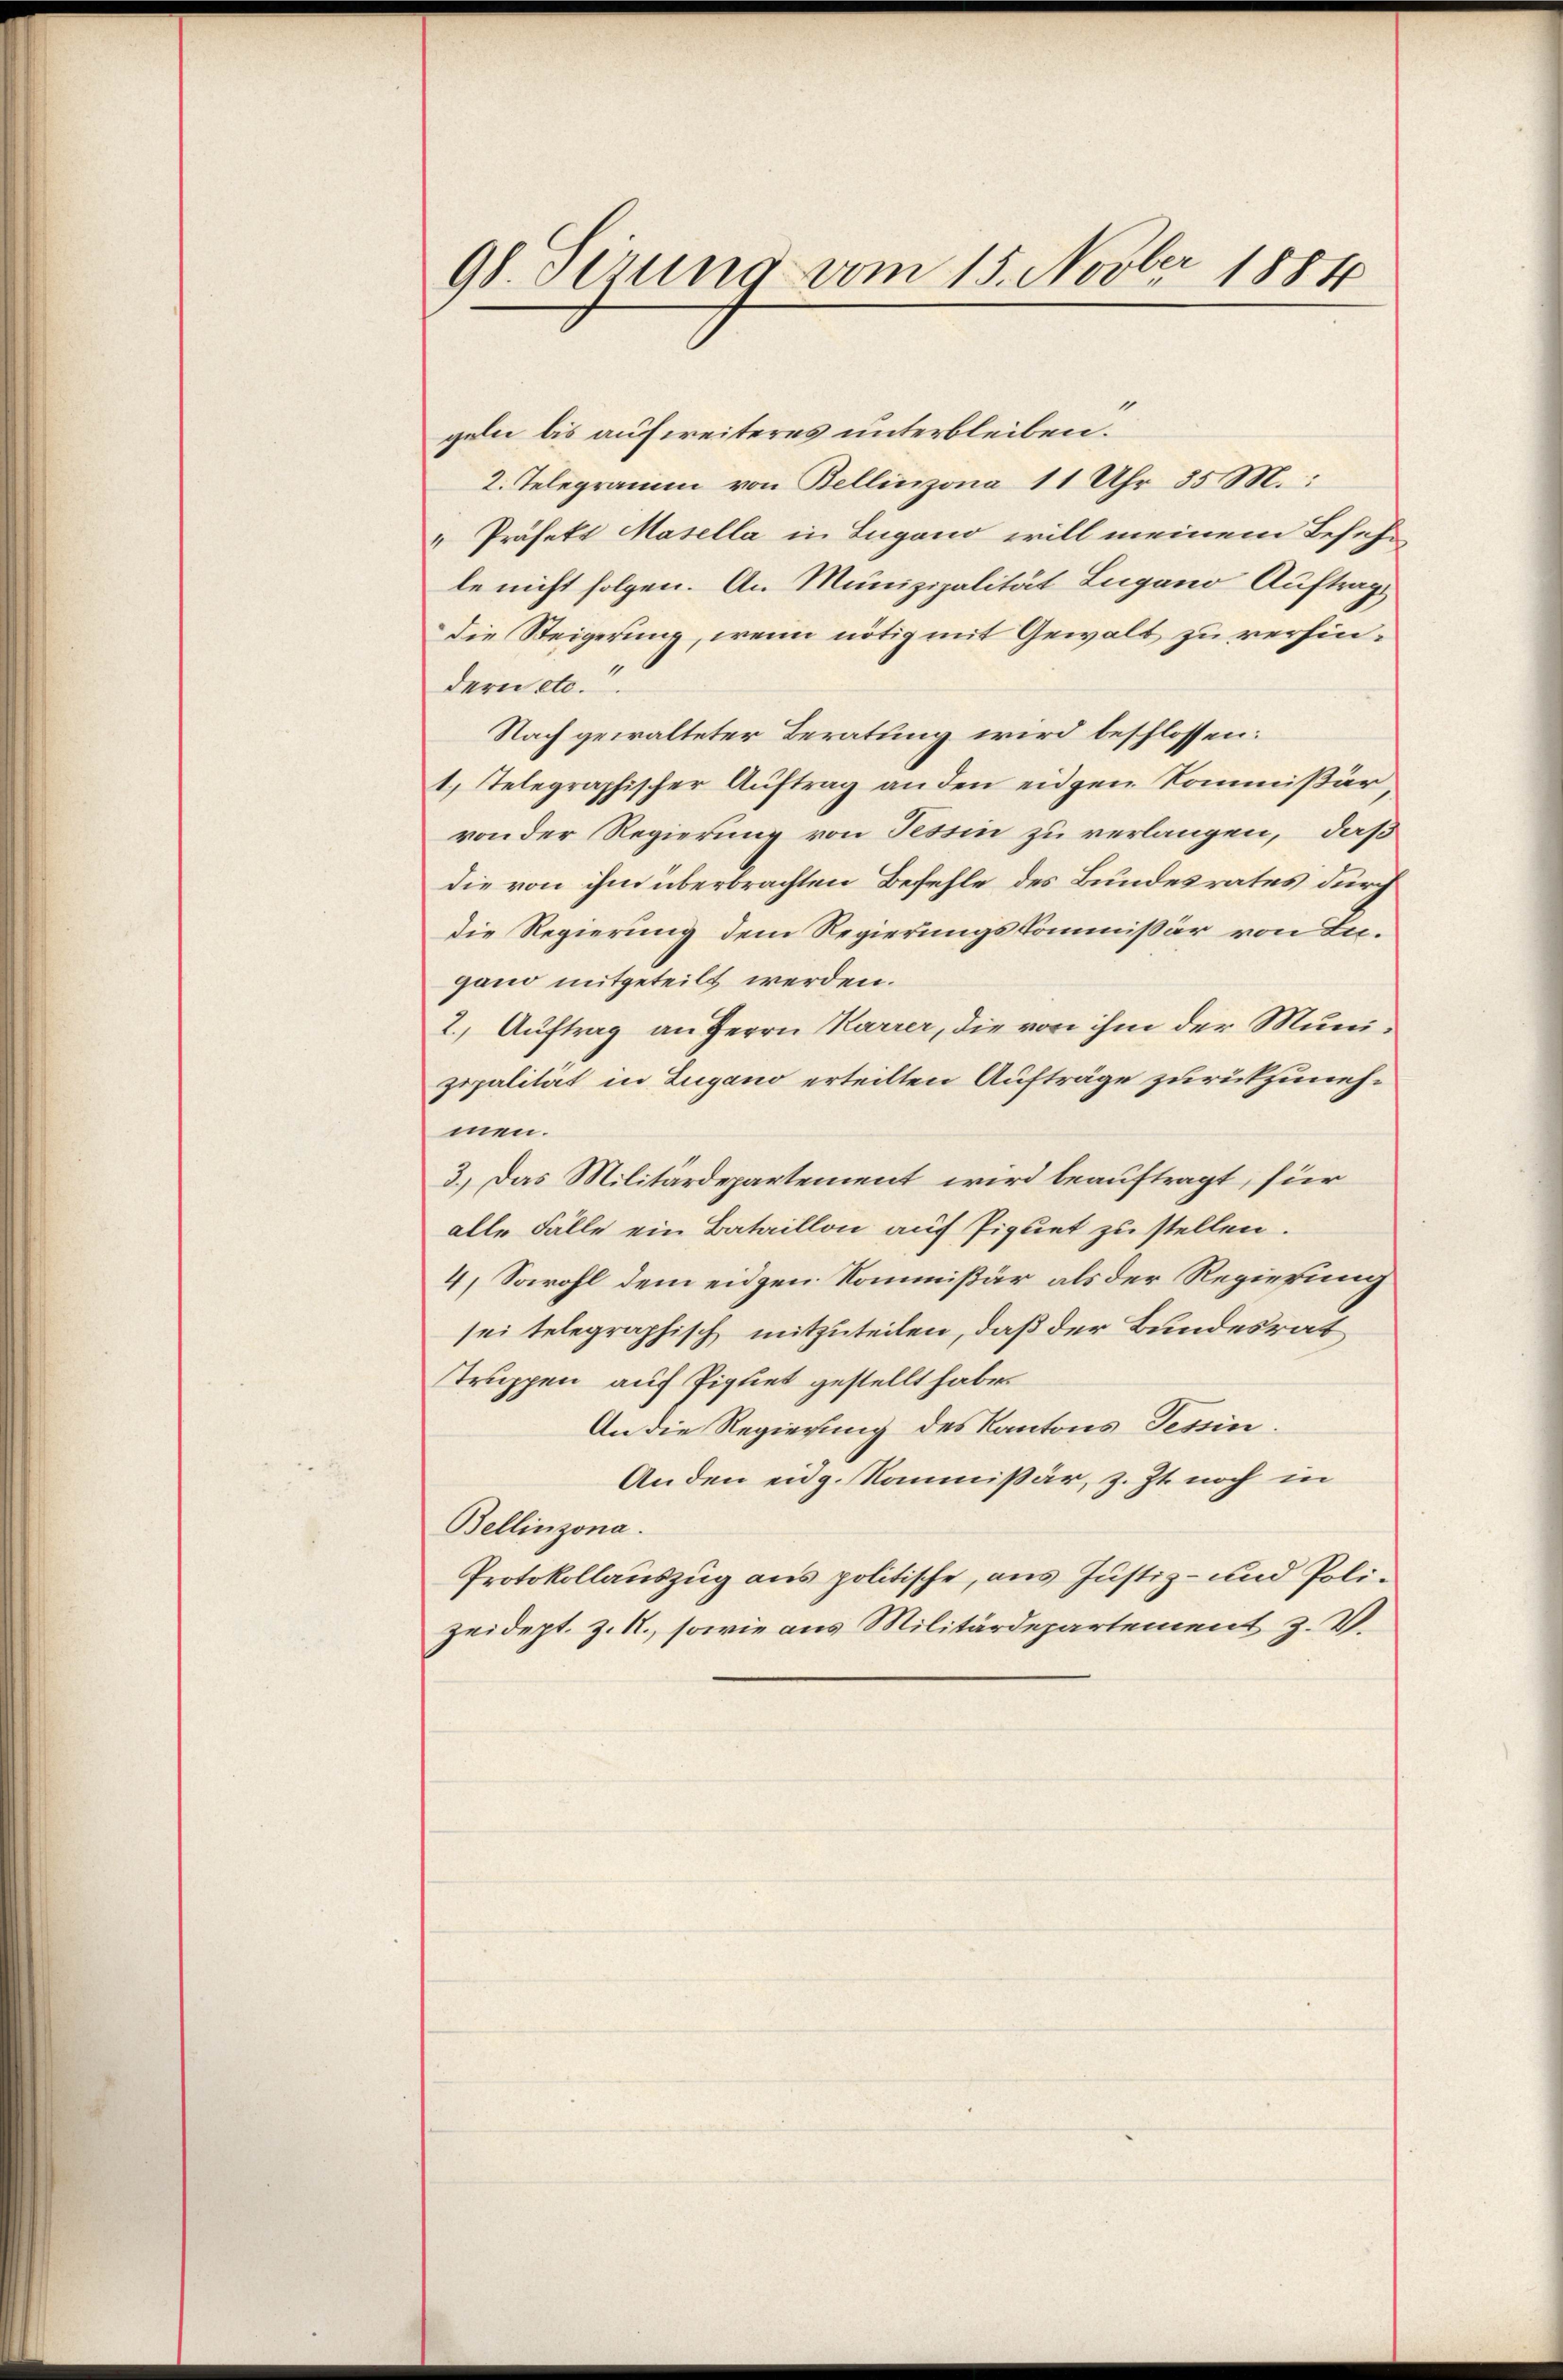
98. Serung vom 15. Novber 1884

geln bis aufweiteres unterbleiben.
2. Telegramm von Bellinzona 11 Uhr 35 M.:
" Präfekt Masella in Lugano will meinem Besehe
le nicht folgen. An Munizipalität Lugano Auftrag
Die Steigerung, wenn nötig mit Gewalt zu versindern etc.“
Nach gewalteter Beratung wird beschlossen:
1) Telegraphischer Auftrag an den eidgen Kommißär,
von der Regierung von Tessin zu verlangen, daß
die von ihm überbrachten Befehle des Bundesrates durch
die Regierung dem Regierungskommissär von Ingano mitgeteilt werden.
2., Auftrag an Herrn Karrer, die von ihm der Munizepalität in Zugano erteilten Aufträge zurückzunehmen.
3.) Das Militärdepartement wird beauftragt, für
alle Fälle ein Bataillon auf Piquet zu stellen.
4) Sowohl dem eidgen. Kommißär als der Regierung
sei telegraphisch mitzuteilen, daß der Bundesrat
truppen auf Piquet gestellt habe.
An die Regierung des Kantons Tessin.
Anden eidg. Kommissär, z. Zt. noch in
Bellinzona.
Protokollauszug aus politische, aus Justiz- und Polizeidept. z. R., sowie aus Militärdepartement z. V.